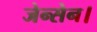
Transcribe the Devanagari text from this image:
जेन्सेन।